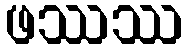
ဖဿဿ